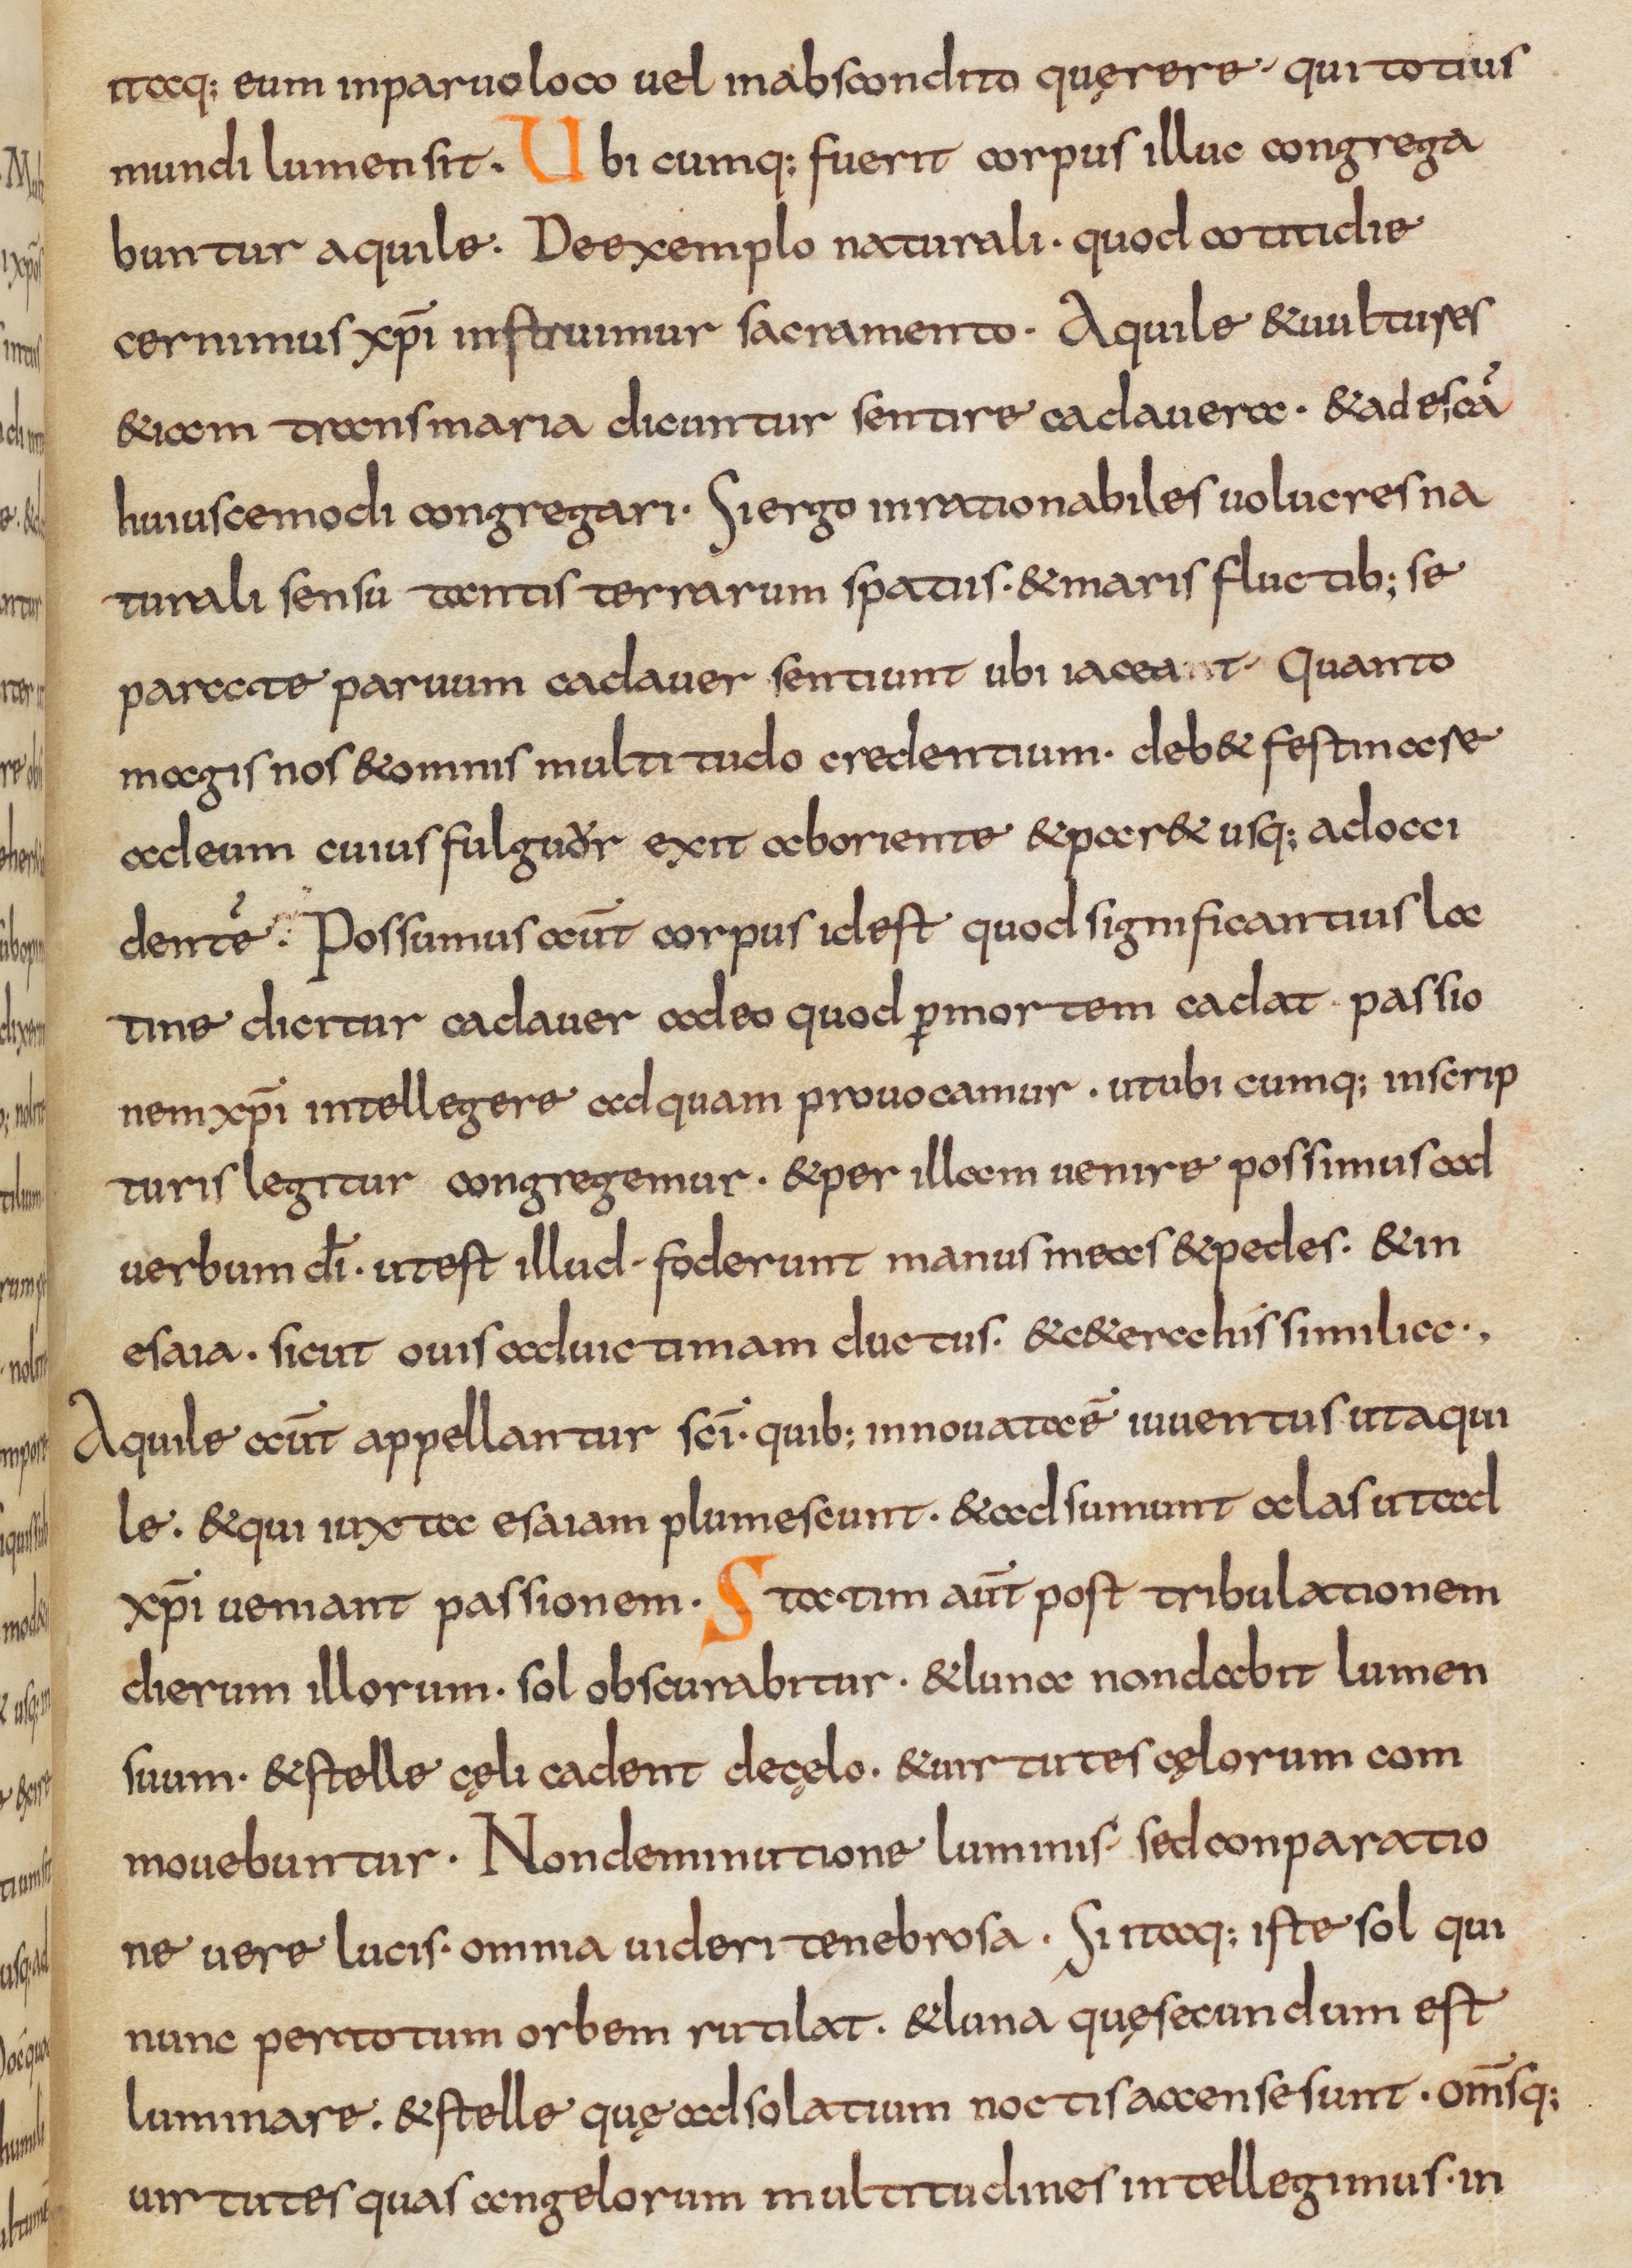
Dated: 800–832